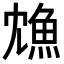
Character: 𩵫